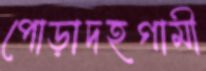
পোড়াদহগামী